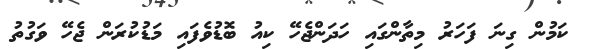
ކަމުން ގިނަ ފަހަރު މިތާންގައި ހަދަންޖެހޭ ކިއު ބޮޑުވެފައި މަޑުކުރަން ޖެހޭ ވަގުތު